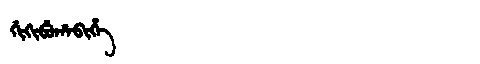
Manchu: ᡤᡳᡴᡳᠪᡠᡥᠠᠪᡳᡥᡝ
Romanization: GIKIBUHABIHE